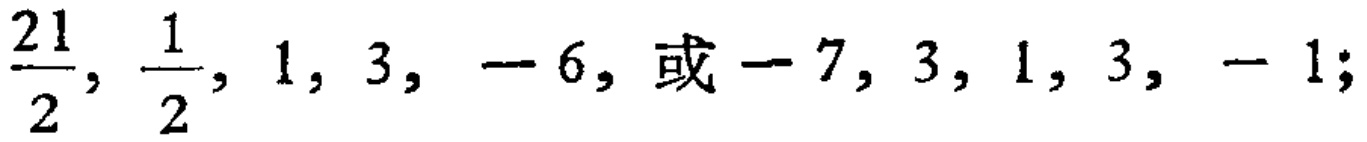
$\frac{21}{2},\frac{1}{2},1,3,-6,\text{或}-7,3,1,3,-1;$